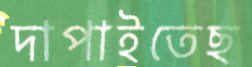
দাপাইতেছ